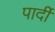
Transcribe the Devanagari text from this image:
पार्दी